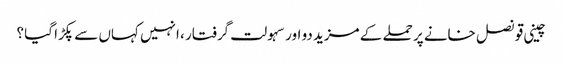
چینی قونصل خانے پر حملے کے مزید دو اور سہولت گرفتار ، انہیں کہاں سے پکڑا گیا ؟